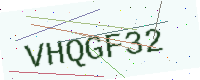
Text: VHQGF32